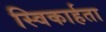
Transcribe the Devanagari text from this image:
स्विकार्हता